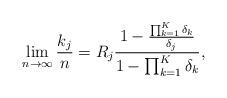
LaTeX: \begin{align*}\lim_{n\rightarrow\infty} \frac{k_j}{n} = R_j\frac{1-\frac{\prod_{k=1}^K\delta_k}{\delta_j}}{1-\prod_{k=1}^K\delta_k},\end{align*}